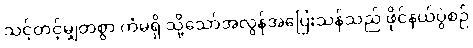
သင့်တင့်မျှတစွာ ကံမရှိ သို့သော်အလွန်အပြေးသန်သည် ဖိုင်နယ်ပွဲစဉ်